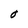
Character: O